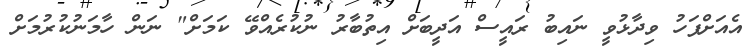
އެއަށްފަހު ވިދާޅުވީ ނައިބު ރައީސް އަދީބަށް އިތުބާރު ނުކުރެއްވޭ ކަމަށް" ނަން ހާމަނުކުރުމަށް